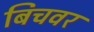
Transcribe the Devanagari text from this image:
बिचवर